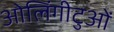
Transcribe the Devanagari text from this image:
ओलिंगीटुओं